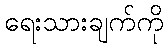
ရေးသားချက်ကို